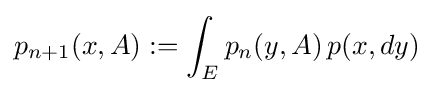
p_{n+1}(x,A):=\int _{E}p_{n}(y,A)\,p(x,dy)